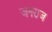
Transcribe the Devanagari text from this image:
जनराज